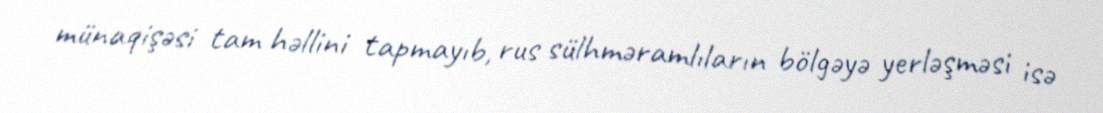
münaqişəsi tam həllini tapmayıb, rus sülhməramlıların bölgəyə yerləşməsi isə